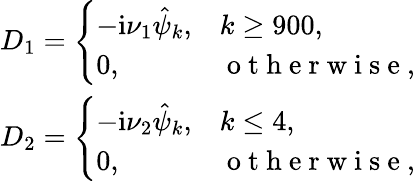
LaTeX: \begin{array}{r}{D_{1}=\left\{ \begin{array}{ll}{-\textnormal{i}\nu_{1}\hat{\psi}_{k},}&{k\ge 900,}\\ {0,}&{\mathrm{~o~t~h~e~r~w~i~s~e~},}\end{array}\right.}\\ {D_{2}=\left\{ \begin{array}{ll}{-\textnormal{i}\nu_{2}\hat{\psi}_{k},}&{k\le 4,}\\ {0,}&{\mathrm{~o~t~h~e~r~w~i~s~e~},}\end{array}\right.}\end{array}